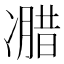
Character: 𰄌